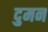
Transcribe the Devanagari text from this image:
दुमन